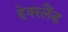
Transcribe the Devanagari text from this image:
हेवरलैंड